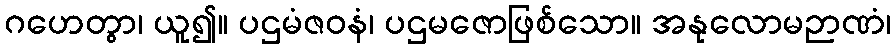
ဂဟေတွာ၊ ယူ၍။ ပဌမံဇဝနံ၊ ပဌမဇောဖြစ်သော။ အနုလောမဉာဏံ၊